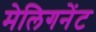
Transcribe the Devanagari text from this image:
मेलिगनेंट